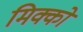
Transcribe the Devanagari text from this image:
मिक्को